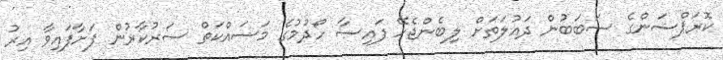
ކޮރަޕްޝަންގެ ސަބަބުން ދައުލަތަށް ލިބެންޖެހޭ ފައިސާ ހޯދުމުގެ މަސައްކަތް ސަރުކާރުން ފަށާފައިވާ އިރު